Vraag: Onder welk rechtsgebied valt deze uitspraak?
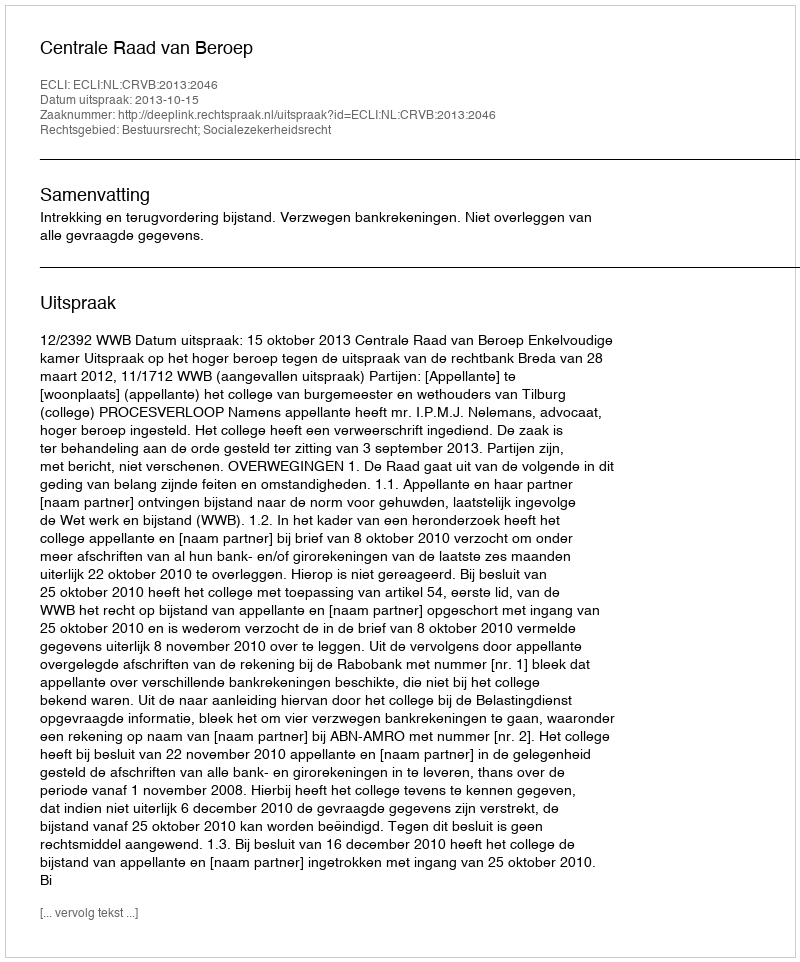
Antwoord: Bestuursrecht; Socialezekerheidsrecht